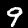
Label: 9